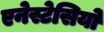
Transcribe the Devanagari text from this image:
एनेस्टेसियो